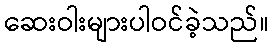
ဆေးဝါးများပါဝင်ခဲ့သည်။